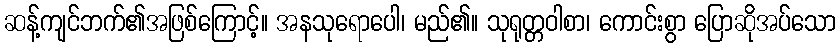
ဆန့်ကျင်ဘက်၏အဖြစ်ကြောင့်။ အနသုရောပေါ၊ မည်၏။ သုရုတ္တဝါစာ၊ ကောင်းစွာ ပြောဆိုအပ်သော